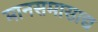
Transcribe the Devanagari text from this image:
मानसमासाद्य